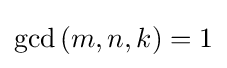
\gcd {(m,n,k)}=1